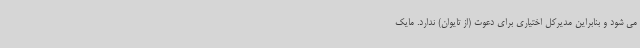
می شود و بنابراین مدیرکل اختیاری برای دعوت (از تایوان) ندارد. مایک